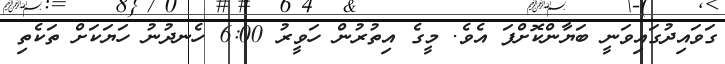
ގަވައިދުގައިވަނީ ބަޔާންކޮށްފަ އެވެ. މީގެ އިތުރުން ހަވީރު 6:00 ހެނދުނު ހަޔަކަށް ތަކެތި